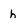
Character: h